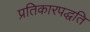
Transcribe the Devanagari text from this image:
प्रतिकारपद्धति